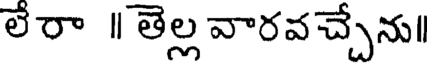
లేరా ॥ తెల్ల వారవచ్చేను।